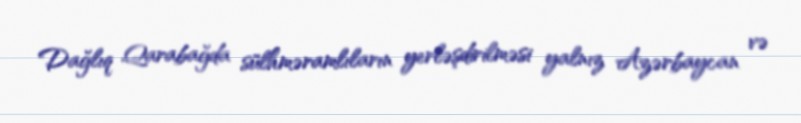
Dağlıq Qarabağda sülhməramlıların yerləşdirilməsi yalnız Azərbaycan və